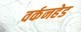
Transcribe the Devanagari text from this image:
वर्कनहेड